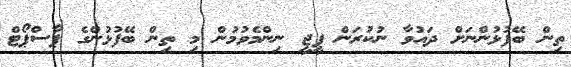
ތިން ބޭފުޅުންނަށް ދައުވާ ނުކުރަން ޕީޖީ ނިންމެވުމުން މި ތިން ބޭފުޅުންގެ ޕާސްޕޯޓް